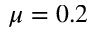
\mu = 0 . 2